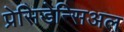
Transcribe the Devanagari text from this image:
प्रेसिडेन्सिअल